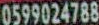
0599024788